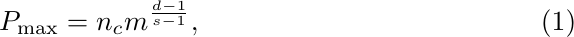
\begin{equation}\label{eq:num_data}
P_{\rm max} = n_c m^{\frac{d-1}{s-1}},
\end{equation}